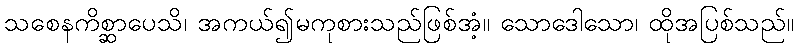
သစေနကိစ္ဆာပေသိ၊ အကယ်၍မကုစားသည်ဖြစ်အံ့။ သောဒေါသော၊ ထိုအပြစ်သည်။